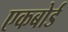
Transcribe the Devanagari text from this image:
एकबोर्ड